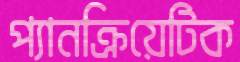
প্যানক্রিয়েটিক